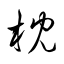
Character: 枕